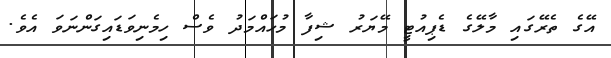
އޭގެ ތެރޭގައި މާލޭގެ ޑެޕިއުޓީ މޭޔަރު ޝިފާ މުހައްމަދު ވެސް ހިމެނިވަޑައިގަންނަވަ އެވެ.